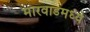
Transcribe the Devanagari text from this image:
मारवाडमध्ये